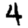
Digit: 4